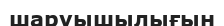
шаруышылығын